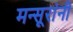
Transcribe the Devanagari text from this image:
मन्सूरांनी